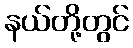
နယ်တို့တွင်